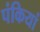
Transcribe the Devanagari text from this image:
पंकियां